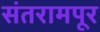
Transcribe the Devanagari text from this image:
संतरामपूर